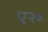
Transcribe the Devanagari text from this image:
ए२४